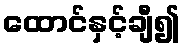
ထောင်နှင့်ချီ၍